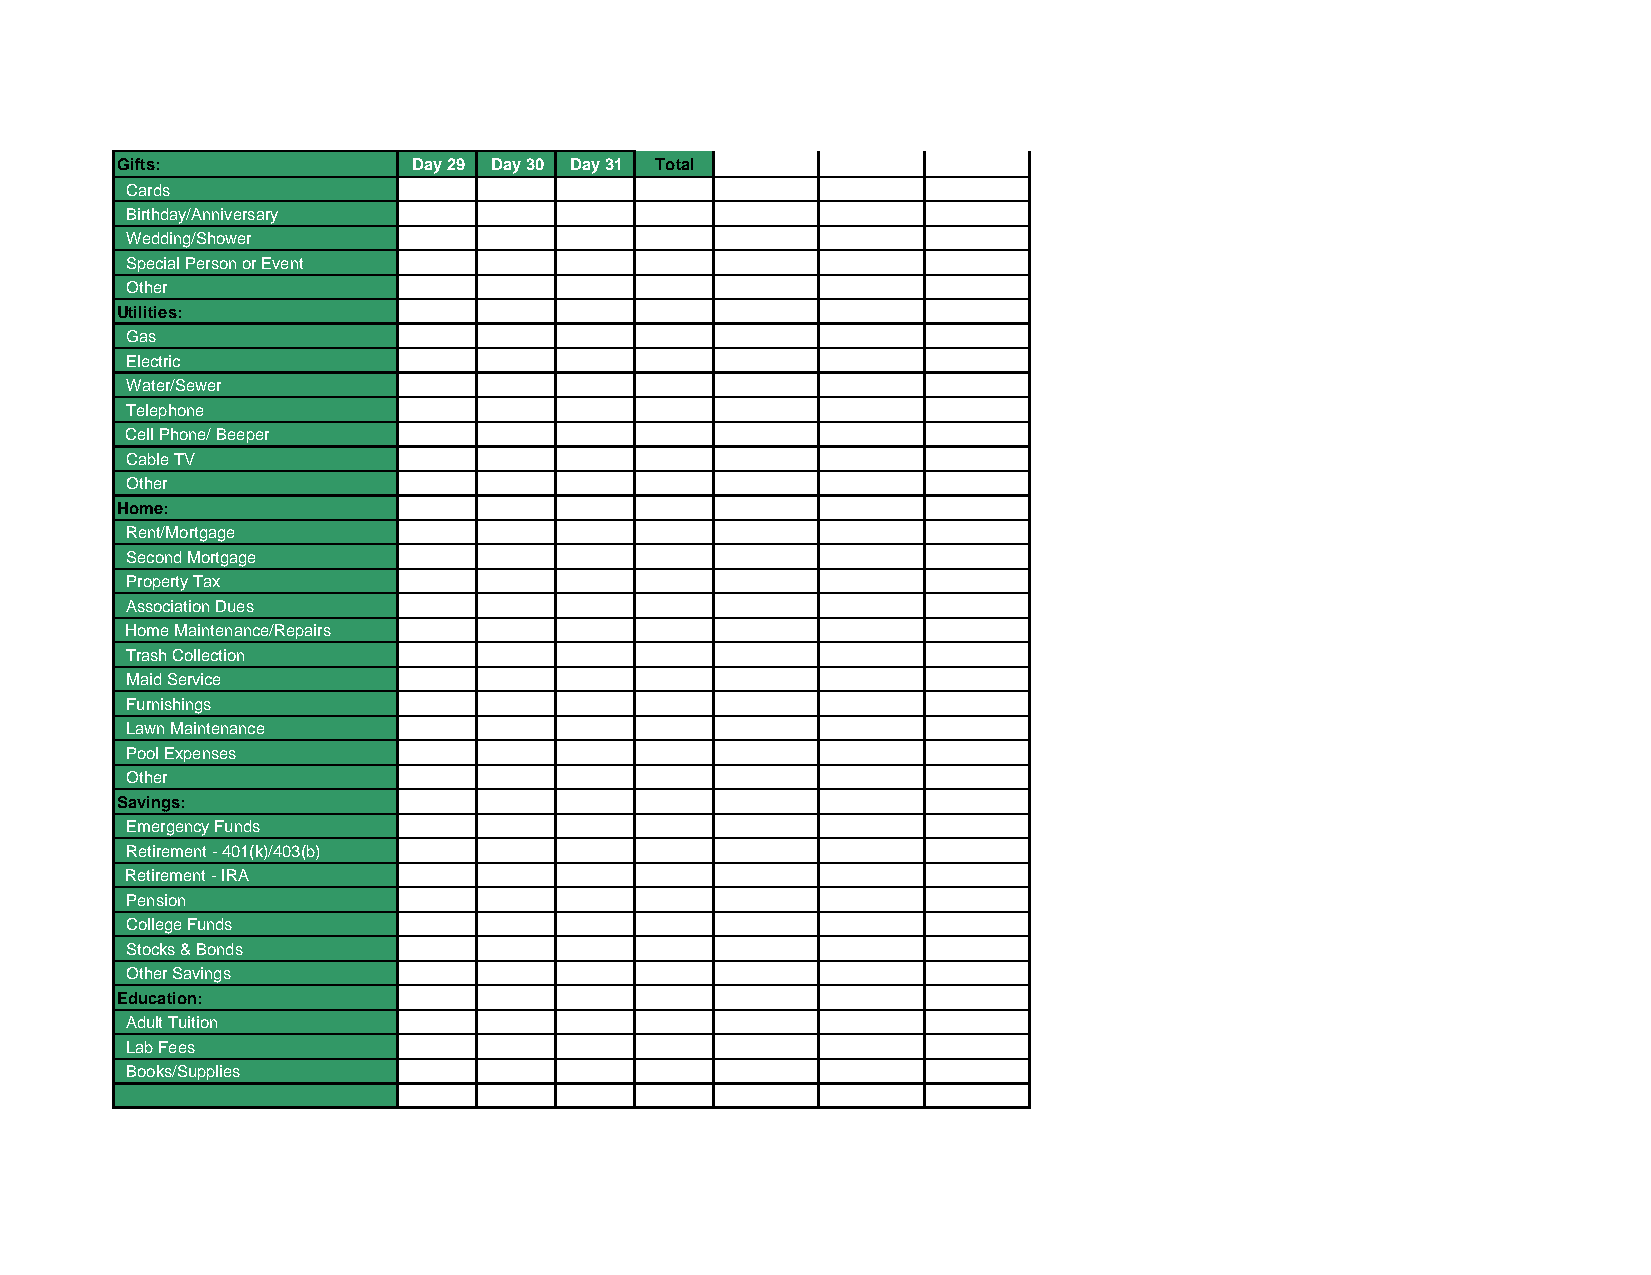
Gifts:             Day 29 Day 30 Day 31 Total
 Cards
 Birthday/Anniversary
 Wedding/Shower
 Special Person or Event
 Other
 Utilities:
 Gas
 Electric
 Water/Sewer
 Telephone
 Cell Phone/ Beeper
 Cable TV
 Other
 Home:
 Rent/Mortgage
 Second Mortgage
 Property Tax
 Association Dues
 Home Maintenance/Repairs
 Trash Collection
 Maid Service
 Furnishings
 Lawn Maintenance
 Pool Expenses
 Other
 Savings:
 Emergency Funds
 Retirement - 401(k)/403(b)
 Retirement - IRA
 Pension
 College Funds
 Stocks & Bonds
 Other Savings
 Education:
 Adult Tuition
 Lab Fees
 Books/Supplies